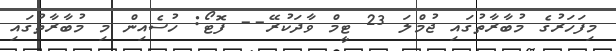
މިފަހަރުގެ މުބާރާތުގައި ޖުމްލަ 23 ޓީމް ވާދަކުރޭ-- ފޮޓޯ: ހުސެއިން މި މުބާރާތުގައި